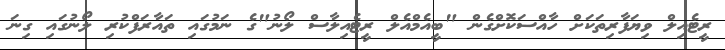
ރީޓެއިލް ވިޔަފާރިތަކަށް ހާއްސަކޮށްގެން "ބީއެމްއެލް ރީޓެއިލާސް ލޯނު"ގެ ނަމުގައި ތައާރަފްކުރި ލޯނުގައި ގިނަ